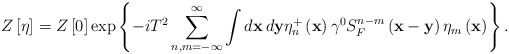
\begin{align*}Z\left[ \eta \right] =Z\left[ 0\right] \exp \left\{ -iT^2\sum_{n,m=-\infty}^\infty \int d\mathbf{x\,}d\mathbf{y}\eta _n^{+}\left( \mathbf{x}\right)\gamma ^0S_F^{n-m}\left( \mathbf{x-y}\right) \eta _m\left( \mathbf{x}\right)\right\} .\end{align*}